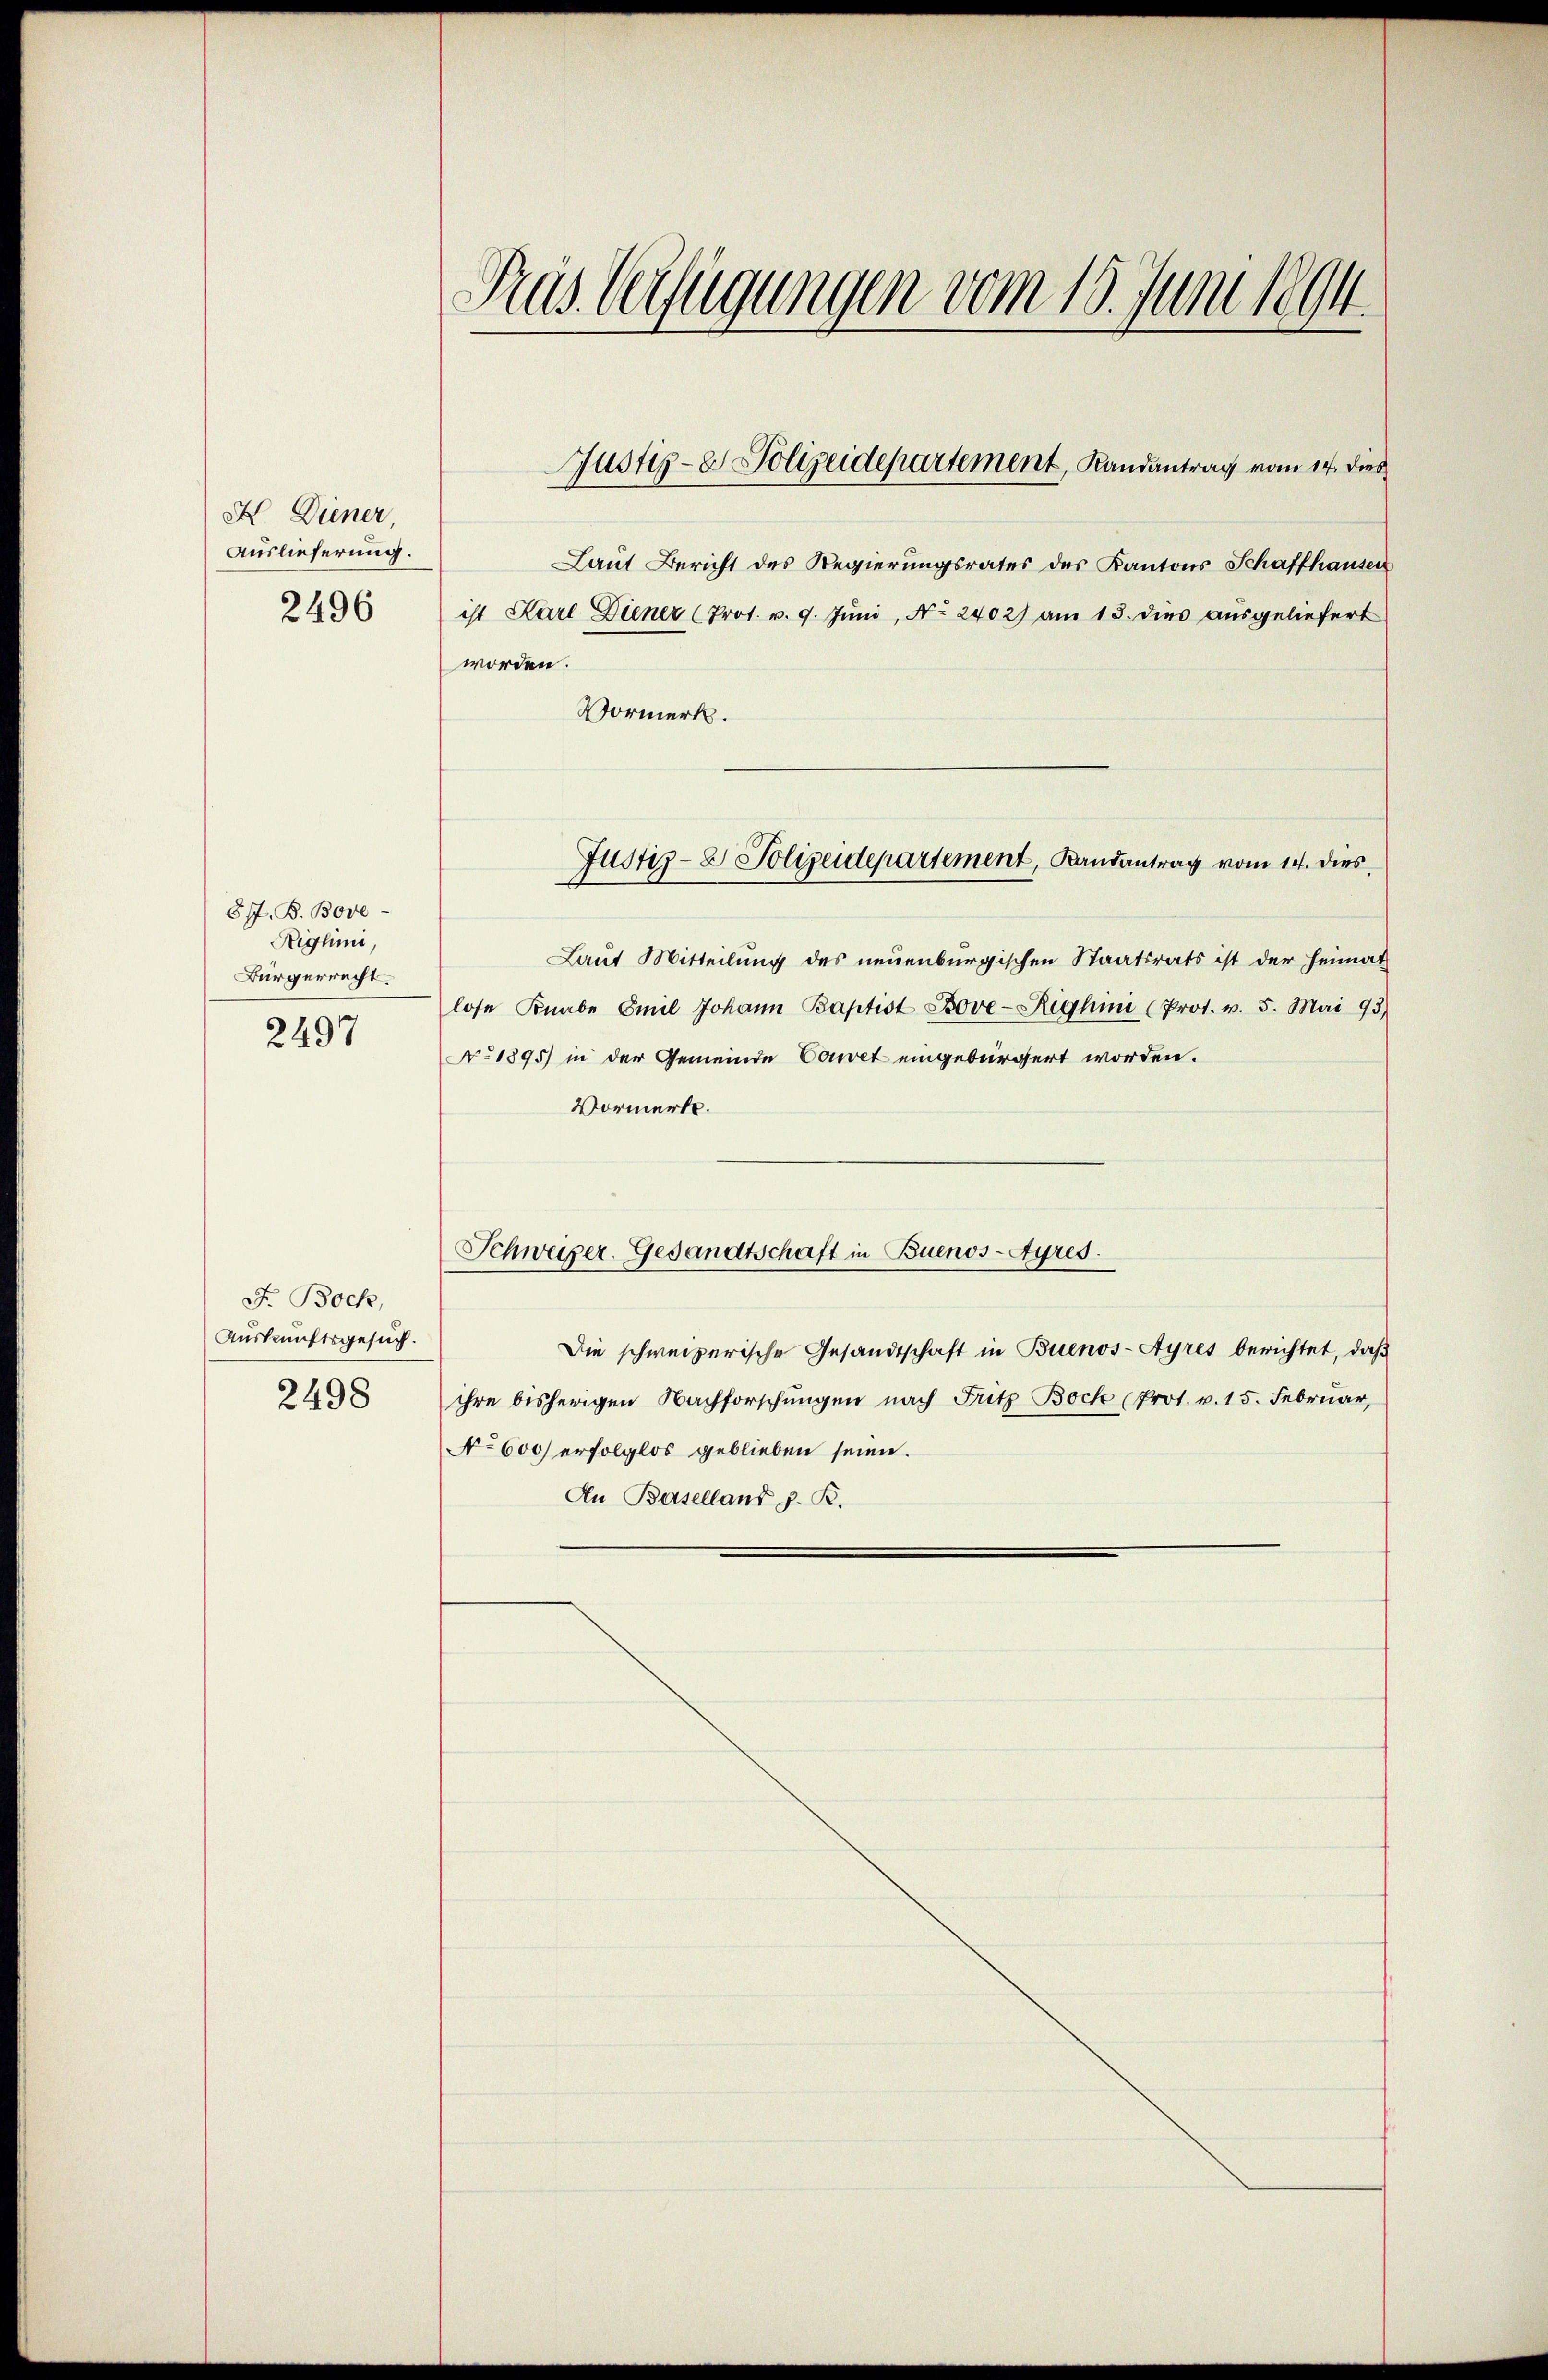
X Diener
Auslieferung.
2496

8/7. B. Bove
Nighini,
Bürgerrecht.
2497

F. Bock,
Auskunftsgesuch.
2498

Pras Verfügungen vom 16. Juni 1894.

Laut Bericht des Regierungsrates des Kantons Schaffhausen
ist Karl Diener (Prot. v. 9. Jŭni, No. 2402) am 13. dies ausgeliefert
worden.
Vormerk.
Laut Mitteilung des neuenburgischen Staatsrats ist der Heimat
lose Knabe Emil Johann Baptist Bove-Righini (Prot. v. 5. Mai 93
No 1895) in der Gemeinde Couvet eingebürgert worden.
Vormerkt.
Schweizer. Gesandtschaft in Buenos-Ayres.
Die schweizerische Gesandtschaft in Buenos-Ayres berichtet, daß
ihre bisherigen Nachforschungen nach Fritz Bock (Prot. v. 15. Februar,
No 600) erfolglos geblieben seien.
An Baselland h. R.

Justiz- & Polizeidepartement, Randantrag vom 14. dies

Justiz- & Polizeidepartement, Landantrag vom 14. dies